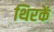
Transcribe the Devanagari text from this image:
थिरकें